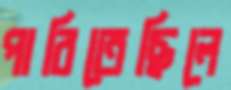
পারিতেছিলে